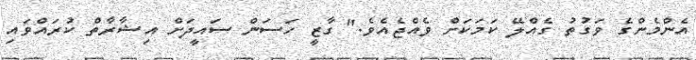
އެންމެންގެ ވަގުތު ގެއްލޭ ކަމަކަށް ވެއްޖެއެވެ." ގާޒީ ހަސަން ސައީދަށް އިޝާރާތް ކުރައްވައި